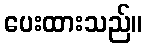
ပေးထားသည်။